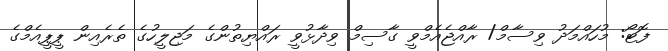
ފޮޓޯ: މުހައްމަދު ވިސާމް/ ރާއްޖެއެމްވީ ގާސިމް ވިދާޅުވީ ރައްޔިތުންގެ މަޖިލީހުގެ ތެރެއިން ޕީޕީއެމްގެ